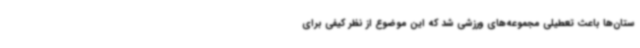
ستان‌ها باعث تعطیلی مجموعه‌های ورزشی شد که این موضوع از نظر کیفی برای